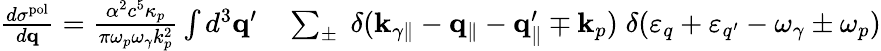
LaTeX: \begin{array}{rl}{\frac{d\sigma^{\mathrm{pol}}}{d{\mathbf q}}=\frac{\alpha^{2}c^{5}\kappa_{p}}{\pi\omega_{p}\omega_{\gamma}k_{p}^{2}}\int d^{3}{\mathbf q}^{\prime}}&{{}\sum_{\pm}\; \delta({\mathbf k}_{\gamma\parallel}-{\mathbf q}_{\parallel}-{\mathbf q}_{\parallel}^{\prime}\mp{\mathbf k}_{p})\; \delta(\varepsilon_{q}+\varepsilon_{q^{\prime}}-\omega_{\gamma}\pm\omega_{p})}\end{array}